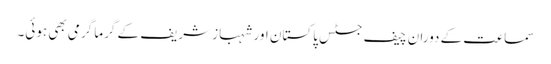
سماعت کے دوران چیف جسٹس پاکستان اور شہباز شریف کے گرما گرمی بھی ہوئی۔